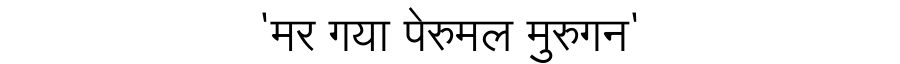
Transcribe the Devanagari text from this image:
'मर गया पेरुमल मुरुगन'